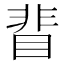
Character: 𥇖